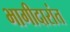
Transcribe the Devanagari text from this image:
भागीदारांत